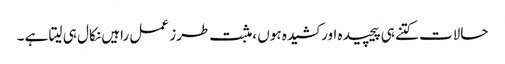
حالات کتنے ہی پیچیدہ اور کشیدہ ہوں ،مثبت طرز عمل راہیں نکال ہی لیتا ہے ۔